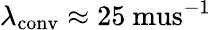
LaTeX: \lambda_{\mathrm{conv}}\approx 25\mathrm{\ mus}^{-1}